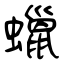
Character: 蠟